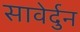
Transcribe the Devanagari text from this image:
सावेर्दुन